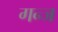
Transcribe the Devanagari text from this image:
गन्ज